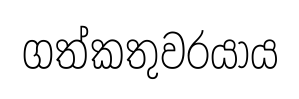
ගත්කතුවරයාය